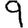
Digit: 9